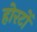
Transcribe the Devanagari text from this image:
होरटों